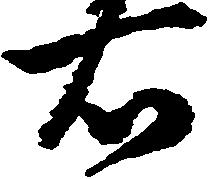
右